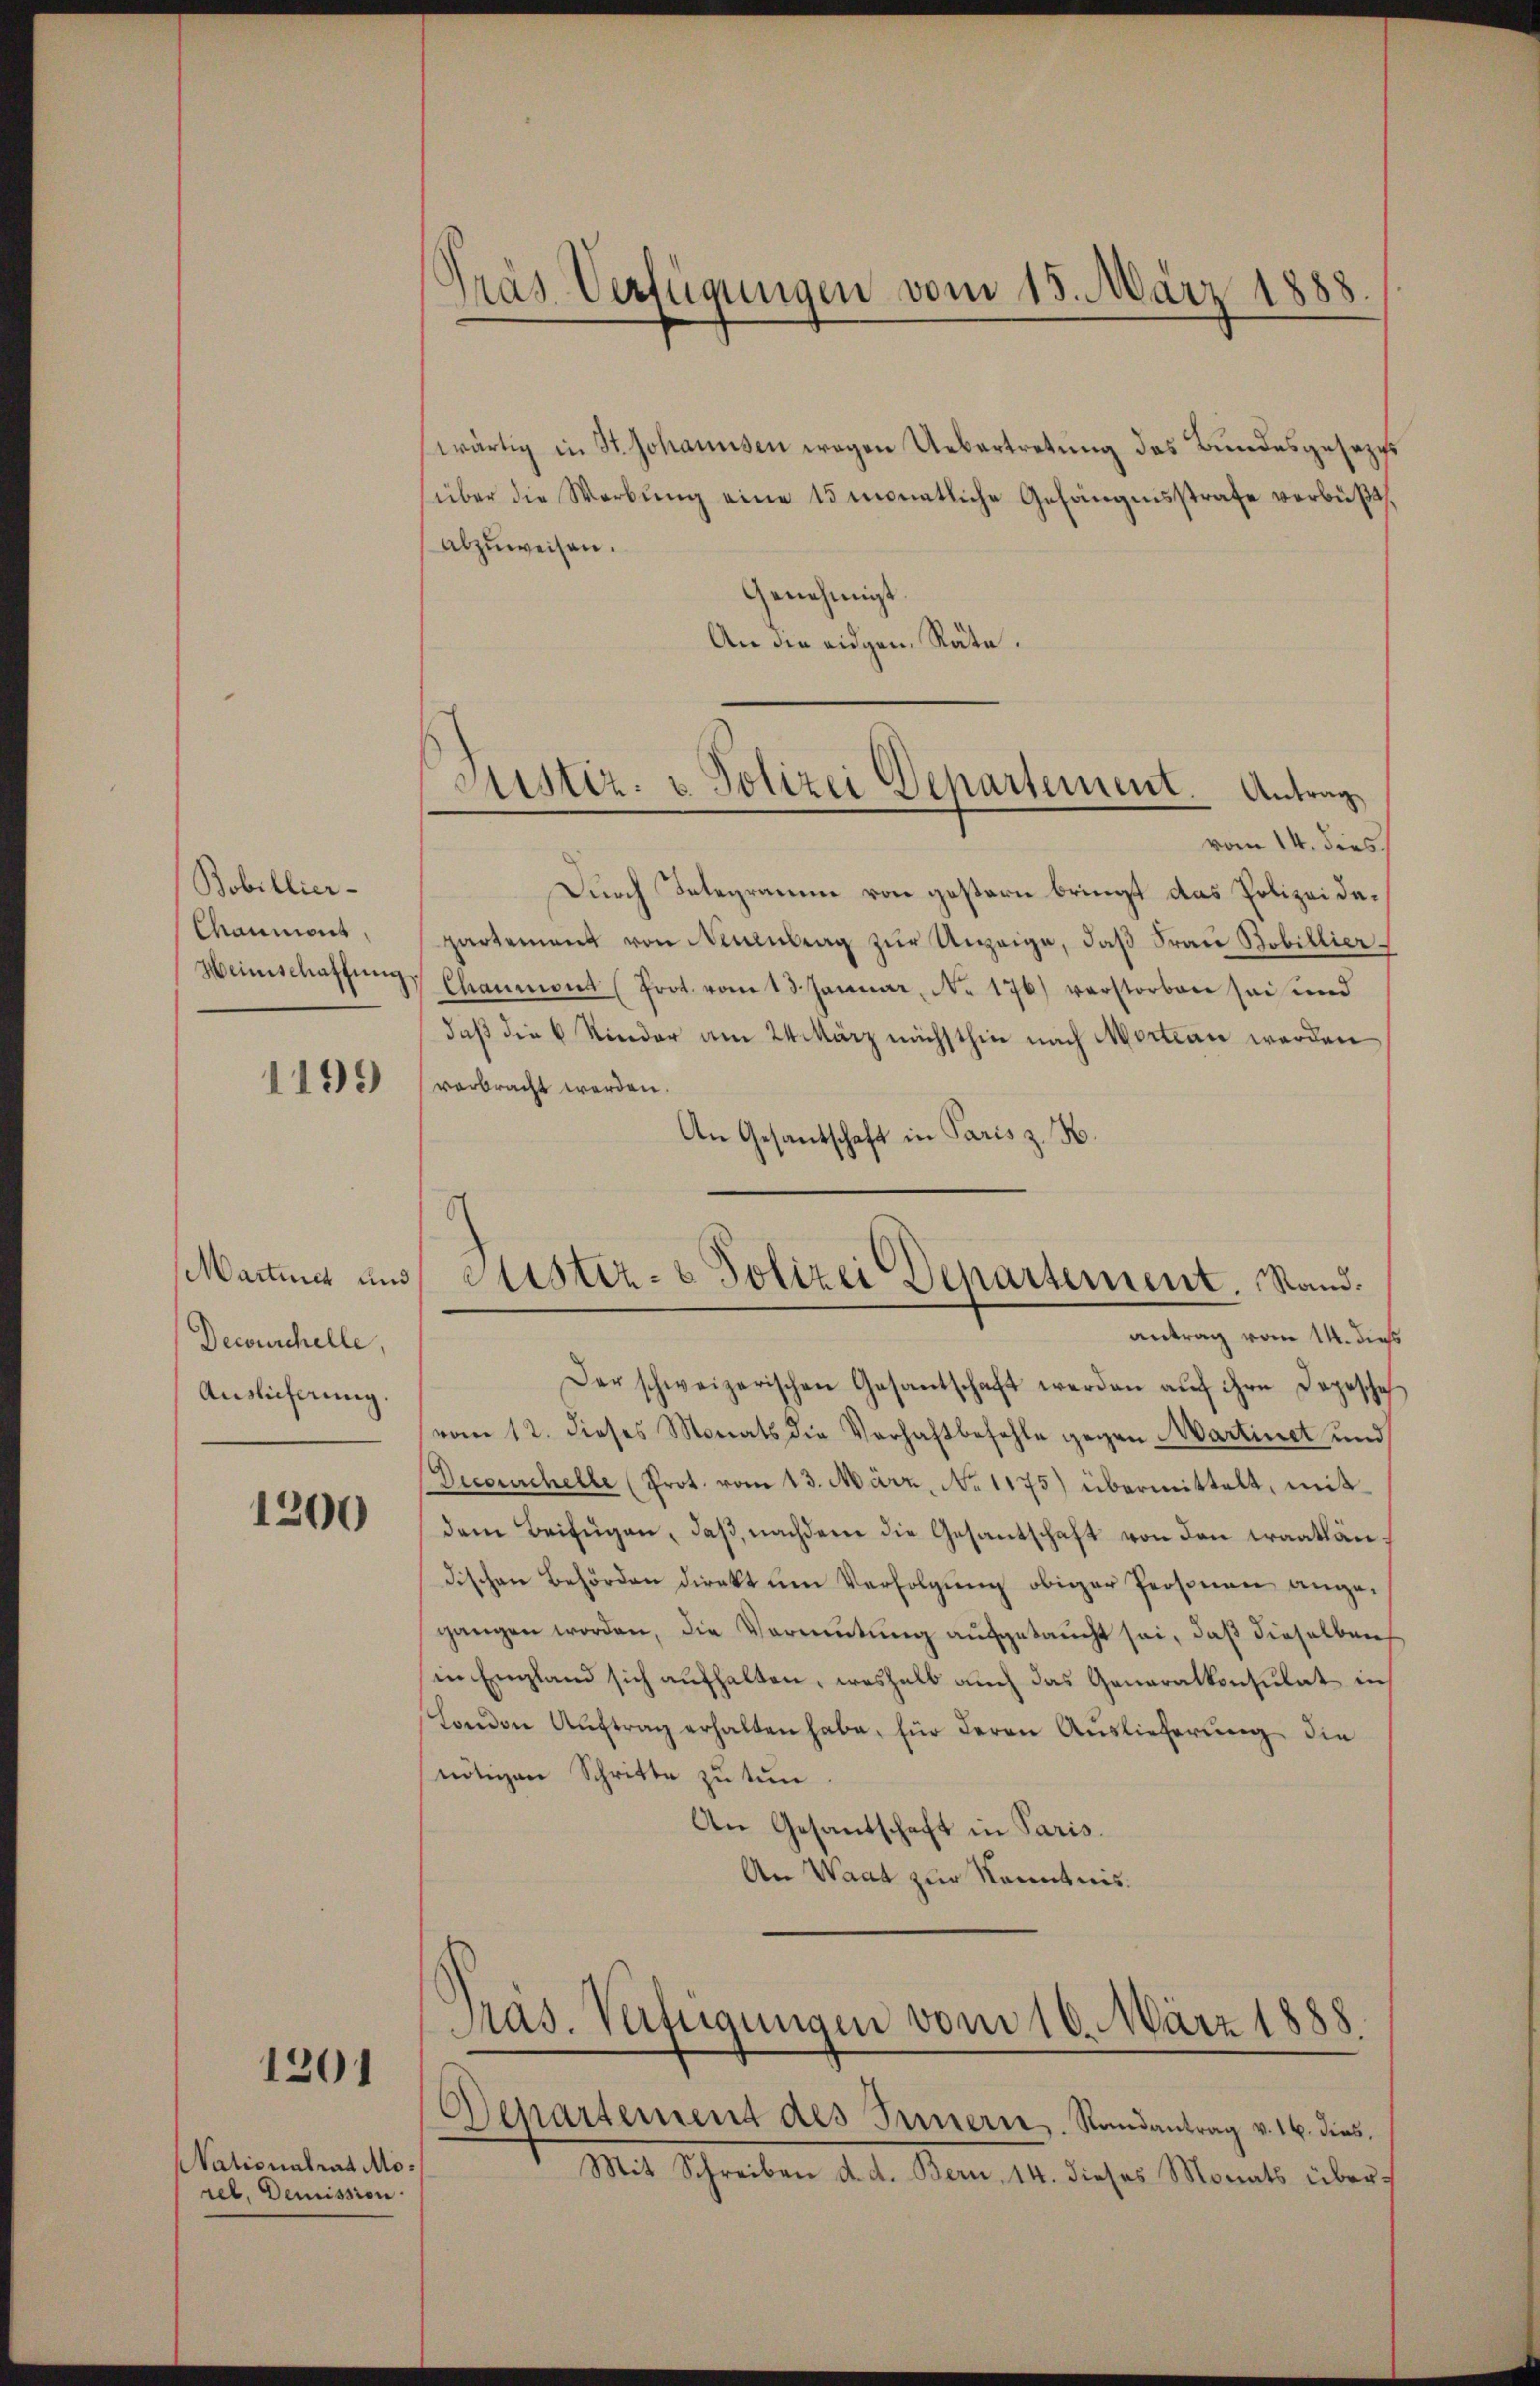
Bobillier-
Caumont,
Heimschaffung

1199

Martner und
Decourchelle,
Auslieferung.

1200

1201

Nationalrat Morel, Demission.

Präs. Verfügungen vom 15. März 1888.

wärtig in St. Johannsen wegen Uebertretung des Bundesgesezes
über die Werbŭng eine 15 monatliche Gefängnisstrafe verbüßt,
abzuweisen.
Genehmigt
An die eidgen. Räte.
vom 14. dies
Durch Integramm von gestern bringt das Polizeidepartement von Neuenburg zŭr Anzeige, daß Frau Bobillier
 Charmont (Prot. vom 13. Januar, No. 176) verstorben sei und
daß die 6 Rinder am 24. März nächsthin nach Mortan werden
verbracht werden.
An Gesantschaft in Paris z. B.
antrag vom 14. dieß
Der schweizerischen Gesantschaft werden aŭf ihre Depesche
vom 12. dieses Monats die Verhaftbefehle gegen Martinet und
Decorchelle (Prot. vom 13. März, No 1175) übermittelt, mit
dem Beifügen, daβ nachdem die Gesantschaft von den Craatländischen Behörden direkt um Verfolgung obiger Personen angegangen worden, die Vermutung aufgetaucht sei, daß dieselben
in England sich aufhalten, weshalb auch das Generalkonsulat in
londere Auftrag erhalten habe, für deren Auslieferung die
nötigen Schritte zu tun
An Gesandschaft in Paris.
An Waat zur Kenntnis.
Pras. Verfügungen vom 10. März 1888.
Departement des Innern. Randantrag v. 16. dies
Mit Schreiben d. d. Bern, 14. dieses Monats über¬

Sistiz- & Polizei Departement. Antrag,

c
Sistiz- & Polizei Departement. Stand.